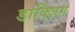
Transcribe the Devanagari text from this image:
डाक्ज़िग